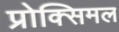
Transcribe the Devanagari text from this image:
प्रोक्सिमल